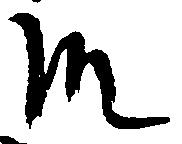
殿